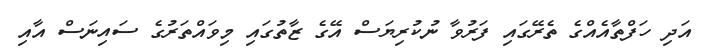
އަދި ހަފްތާއެއްގެ ތެރޭގައި ފަރުވާ ނުކުރިޔަސް އޭގެ ޒާތުގައި މިވައްތަރުގެ ސައިނަސް އާއި